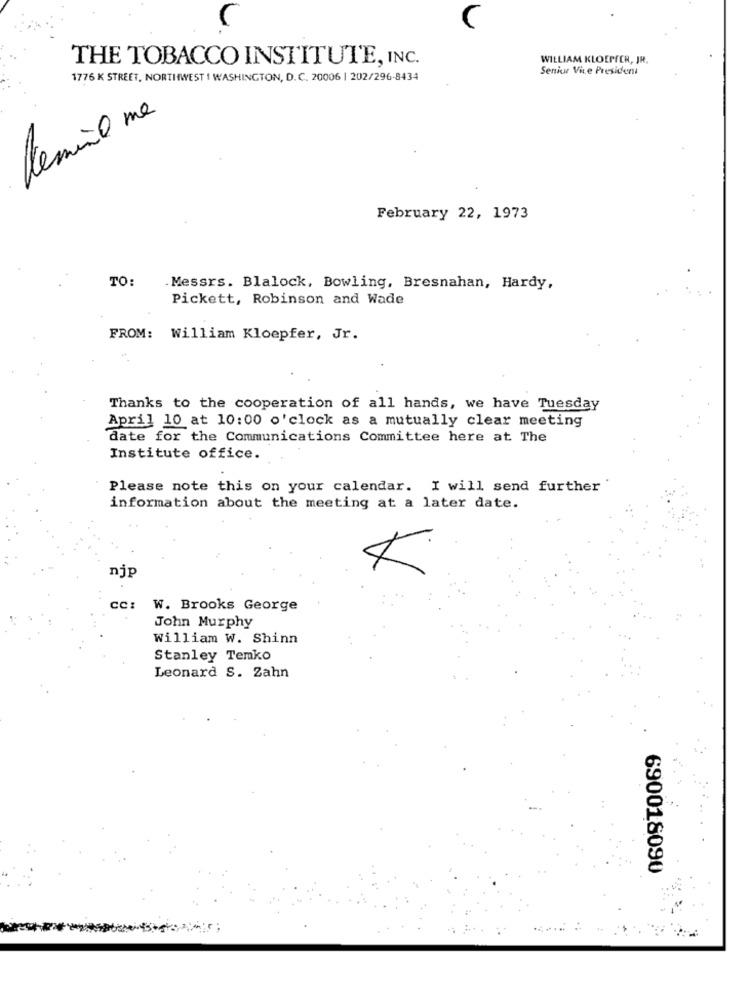
C
THE TOBACCO INSTITUTE, INC.
WILLIAM KLOEFTER, JR.
Senior Vice President
1776 K STREET, NORTHWEST I WASHINGTON, D.C. 20006 | 202/296-8434
lemine me
February 22, 1973
TO:
. Messrs. Blalock, Bowling, Bresnahan, Hardy,
Pickett, Robinson and Wade
FROM: William Kloepfer, Jr.
Thanks to the cooperation of all hands, we have Tuesday
April 10 at 10:00 o'clock as a mutually clear meeting
date for the Communications Committee here at The
Institute office.
Please note this on your calendar. I will send further
information about the meeting at a later date.
njp
cc: W. Brooks George
John Murphy
William W. Shinn
Stanley Temko
Leonard S. Zahn
690018090